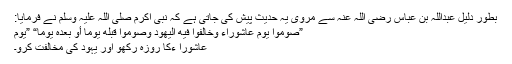
بطورِ دلیل عبداللہ بن عباس رضی اللہ عنہ سے مروی یہ حدیث پیش کی جاتی ہے کہ نبی اکرم صلی اللہ علیہ وسلم نے فرمایا:
”صوموا يوم عاشوراء وخالفوا فيه اليهود وصوموا قبله يوما أو بعدہ يوما“ ”یومِ
عاشورا ءکا روزہ رکھو اور یہود کی مخالفت کرو۔